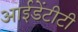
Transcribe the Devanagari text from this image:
आईडेंटीटी